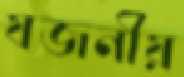
যজনীয়